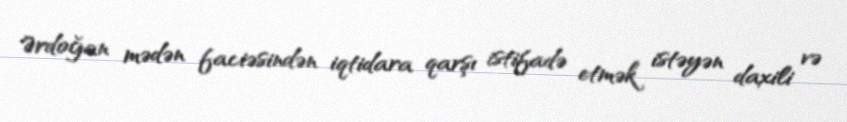
Ərdoğan mədən faciəsindən iqtidara qarşı istifadə etmək istəyən daxili və